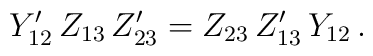
Y'_{12}\,Z_{13}\,Z'_{23}=Z_{23}\,Z'_{13}\,Y_{12}\,.